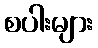
စပါးများ